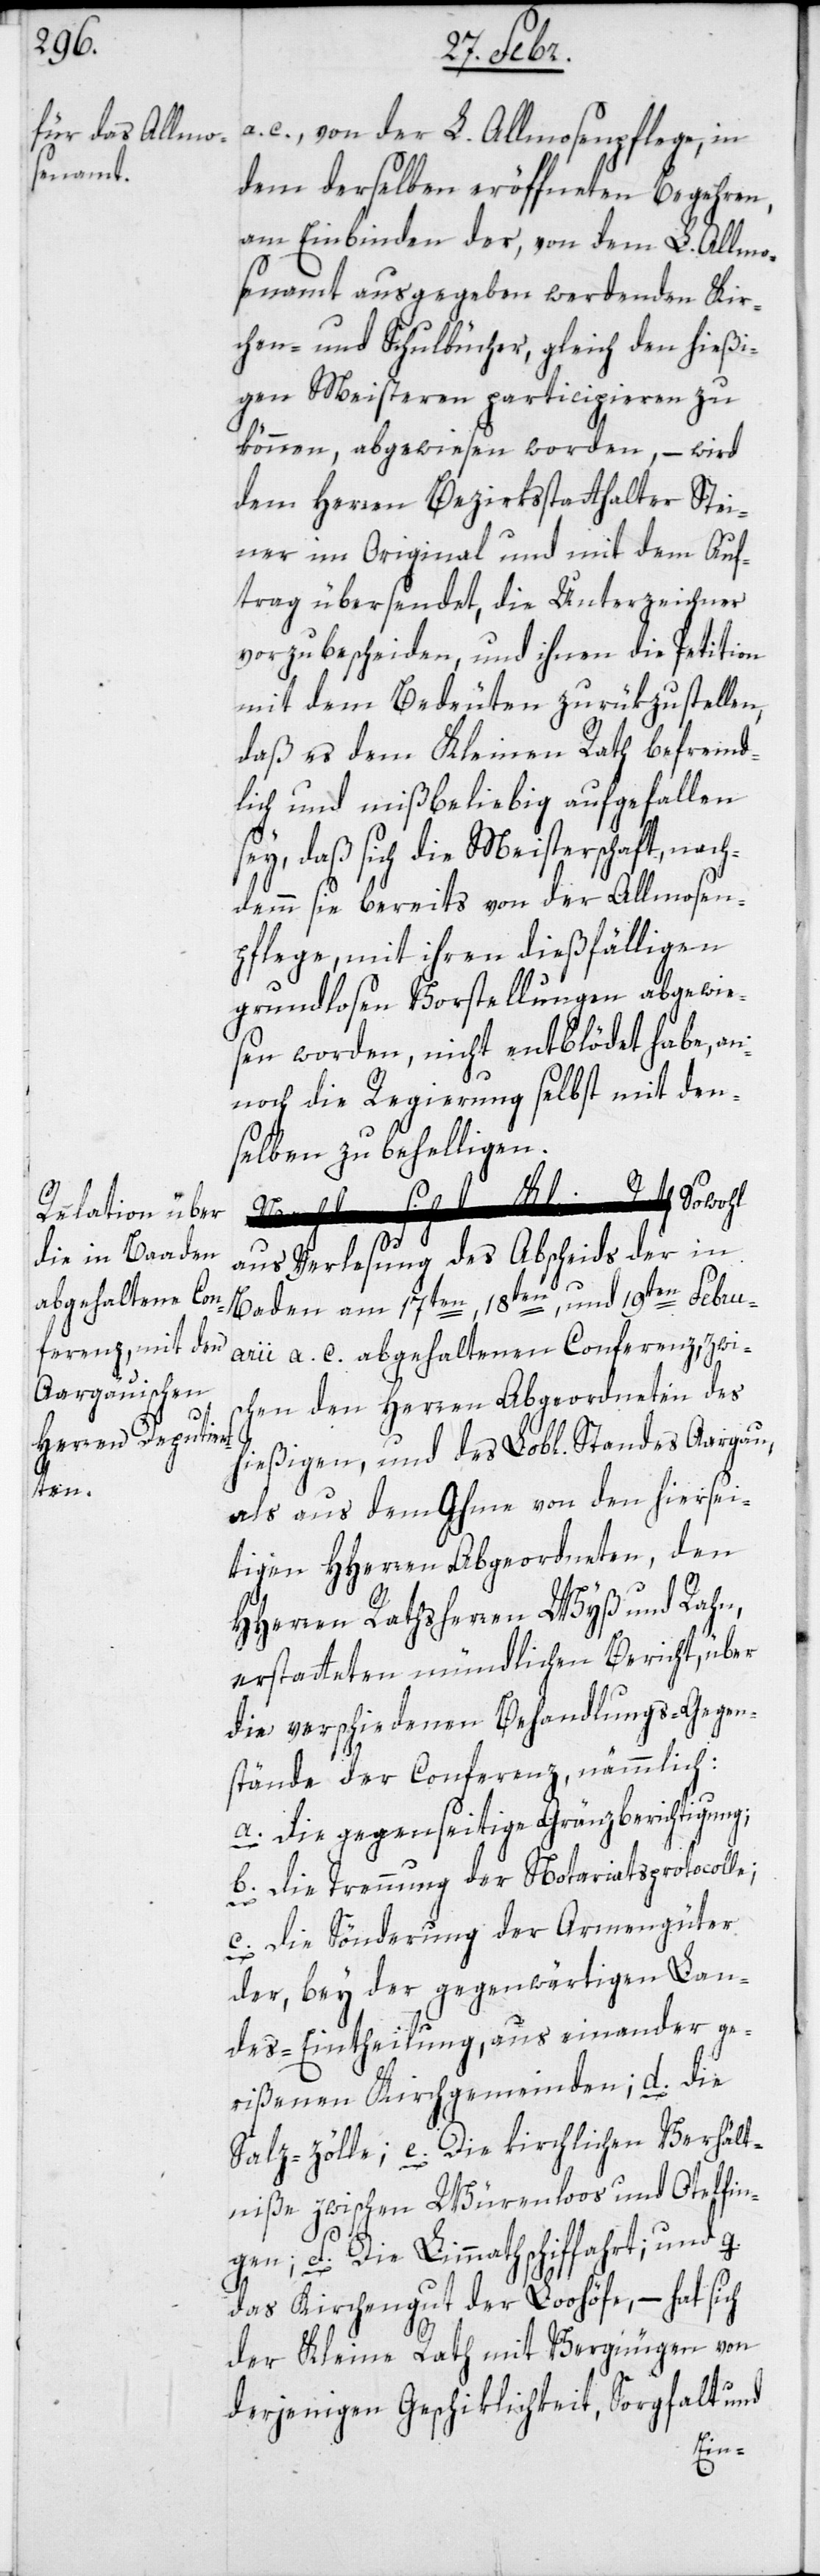
Verhält¬
c., von der L. Allmosenpflege, in
dem derselben eröffneten Begehren,
am Einbinden der, von dem L. Allmo¬
senamt ausgegeben werdenden Kir¬
chen- und Schulbücher, gleich den hießi¬
gen Meisteren participieren zu
können, abgewiesen worden, – wird
dem Herren Bezirksstatthalter Stei¬
ner im Original und mit dem Auf¬
trag übersendet, die Unterzeichner
vorzubescheiden, und ihnen die Petition
mit dem Bedeuten zurükzustellen,
daß es dem Kleinen Rath befremd¬
lich und mißbeliebig aufgefallen
sey, daß sich die Meisterschaft, nach¬
demm sie bereits von der Almosen¬
pflege, mit ihren dießfälligen
grundlosen Vorstellungen abgewie¬
sen worden, nicht entblödet habe, an¬
noch die Regierung selbst mit den¬
selben zu behelligen.
d)
aus Verlesung des Abscheids der in
Baden am 17ten, 18ten und 19ten Febru¬
arii a. c. abgehaltenen Conferenz, zwi¬
schen den Herren Abgeordneten des
hießigen, und des Lobl. Standes Aargau,
als aus dem Ihme von den hiersei¬
tigen HHerren Abgeordneten, den
HHerren Rathsherren Wyß und Rahn,
erstatteten mündlichen Bericht, über
die verschiedenen Behandlungs-Gegen¬
stände der Conferenz, nämmlich:
a) die gegenseitige Gränzberichtigung;
b) die Trennung der Notariatsprotcolle;
c) die Sönderung der Armengüter
der, bey der gegenwärtigen Lan¬
des-Eintheilung, auseinanderge¬
rißenen Kirchgemeinden;
niße zwischen Würenloos und Otelfing¬
en;
f) Die Limmathschiffahrt; und g)
das Kirchengut der Loohöfe; –
der Kleine Rath mit Vergnügen von
derjenigen Geschiklichkeit, Sorgfalt und